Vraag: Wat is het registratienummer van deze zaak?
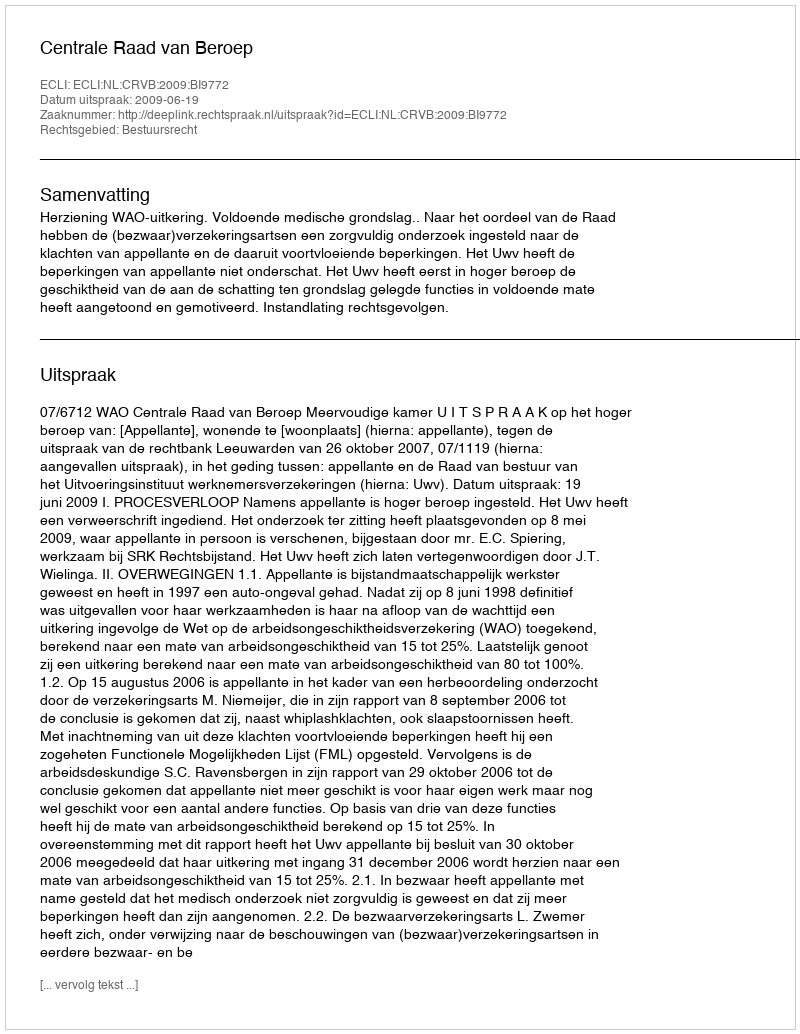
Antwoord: http://deeplink.rechtspraak.nl/uitspraak?id=ECLI:NL:CRVB:2009:BI9772